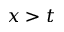
x > t